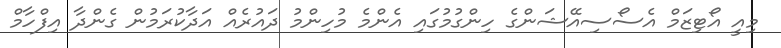
މިއީ އޯޓިޒަމް އެސޯސިއޭޝަންގެ ހިންގުމުގައި އެންމެ މުހިންމު ދައުރެއް އަދާކުރަމުން ގެންދާ އިފްހާމް